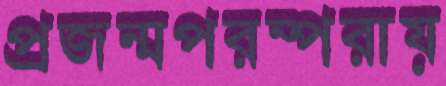
প্রজন্মপরম্পরায়